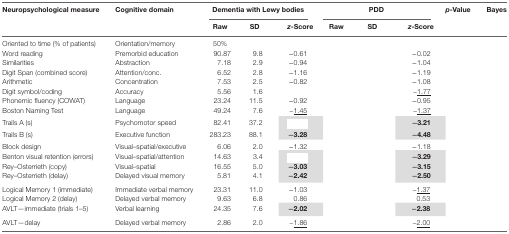
<table><thead><tr><td rowspan="2"><b>Neuropsychological measure</b></td><td rowspan="2"><b>Cognitive domain</b></td><td colspan="3"><b>Dementia with Lewy bodies</b></td><td colspan="3"><b>PDD</b></td><td rowspan="2"><b><i>p</i>-Value</b></td><td rowspan="2"><b>Bayes</b></td></tr><tr><td><b>Raw</b></td><td><b>SD</b></td><td><b><i>z</i>-Score</b></td><td><b>Raw</b></td><td><b>SD</b></td><td><b><i>z</i>-Score</b></td></tr></thead><tbody><tr><td>Oriented to time (% of patients)</td><td>Orientation/memory</td><td>50%</td><td>[EMPTY_CELL]</td><td>[EMPTY_CELL]</td><td>[EMPTY_CELL]</td><td>[EMPTY_CELL]</td><td>[EMPTY_CELL]</td><td>[EMPTY_CELL]</td><td>[EMPTY_CELL]</td></tr><tr><td>Word reading</td><td>Premorbid education</td><td>90.87</td><td>9.8</td><td>−0.61</td><td>[EMPTY_CELL]</td><td>[EMPTY_CELL]</td><td>−0.02</td><td>[EMPTY_CELL]</td><td>[EMPTY_CELL]</td></tr><tr><td>Similarities</td><td>Abstraction</td><td>7.18</td><td>2.9</td><td>−0.94</td><td>[EMPTY_CELL]</td><td>[EMPTY_CELL]</td><td>−1.04</td><td>[EMPTY_CELL]</td><td>[EMPTY_CELL]</td></tr><tr><td>Digit Span (combined score)</td><td>Attention/conc.</td><td>6.52</td><td>2.8</td><td>−1.16</td><td>[EMPTY_CELL]</td><td>[EMPTY_CELL]</td><td>−1.19</td><td>[EMPTY_CELL]</td><td>[EMPTY_CELL]</td></tr><tr><td>Arithmetic</td><td>Concentration</td><td>7.53</td><td>2.5</td><td>−0.82</td><td>[EMPTY_CELL]</td><td>[EMPTY_CELL]</td><td>−1.08</td><td>[EMPTY_CELL]</td><td>[EMPTY_CELL]</td></tr><tr><td>Digit symbol/coding</td><td>Accuracy</td><td>5.56</td><td>1.6</td><td>[EMPTY_CELL]</td><td>[EMPTY_CELL]</td><td>[EMPTY_CELL]</td><td><underline>−1.77</underline></td><td>[EMPTY_CELL]</td><td>[EMPTY_CELL]</td></tr><tr><td>Phonemic fluency (COWAT)</td><td>Language</td><td>23.24</td><td>11.5</td><td>−0.92</td><td>[EMPTY_CELL]</td><td>[EMPTY_CELL]</td><td>−0.95</td><td>[EMPTY_CELL]</td><td>[EMPTY_CELL]</td></tr><tr><td>Boston Naming Test</td><td>Language</td><td>49.24</td><td>7.6</td><td><underline>−1.45</underline></td><td>[EMPTY_CELL]</td><td>[EMPTY_CELL]</td><td><underline>−1.37</underline></td><td>[EMPTY_CELL]</td><td>[EMPTY_CELL]</td></tr><tr><td>Trails A (s)</td><td>Psychomotor speed</td><td>82.41</td><td>37.2</td><td>[EMPTY_CELL]</td><td>[EMPTY_CELL]</td><td>[EMPTY_CELL]</td><td><b>−3.21</b></td><td>[EMPTY_CELL]</td><td>[EMPTY_CELL]</td></tr><tr><td>Trails B (s)</td><td>Executive function</td><td>283.23</td><td>88.1</td><td><b>−3.28</b></td><td>[EMPTY_CELL]</td><td>[EMPTY_CELL]</td><td><b>−4.48</b></td><td>[EMPTY_CELL]</td><td>[EMPTY_CELL]</td></tr><tr><td>Block design</td><td>Visual–spatial/executive</td><td>6.06</td><td>2.0</td><td>−1.32</td><td>[EMPTY_CELL]</td><td>[EMPTY_CELL]</td><td>−1.18</td><td>[EMPTY_CELL]</td><td>[EMPTY_CELL]</td></tr><tr><td>Benton visual retention (errors)</td><td>Visual–spatial/attention</td><td>14.63</td><td>3.4</td><td>[EMPTY_CELL]</td><td>[EMPTY_CELL]</td><td>[EMPTY_CELL]</td><td><b>−3.29</b></td><td>[EMPTY_CELL]</td><td>[EMPTY_CELL]</td></tr><tr><td>Rey–Osterrieth (copy)</td><td>Visual–spatial</td><td>16.55</td><td>5.0</td><td><b>−3.03</b></td><td>[EMPTY_CELL]</td><td>[EMPTY_CELL]</td><td><b>−3.15</b></td><td>[EMPTY_CELL]</td><td>[EMPTY_CELL]</td></tr><tr><td>Rey–Osterrieth (delay)</td><td>Delayed visual memory</td><td>5.81</td><td>4.1</td><td><b>−2.42</b></td><td>[EMPTY_CELL]</td><td>[EMPTY_CELL]</td><td><b>−2.50</b></td><td>[EMPTY_CELL]</td><td>[EMPTY_CELL]</td></tr><tr><td>Logical Memory 1 (immediate)</td><td>Immediate verbal memory</td><td>23.31</td><td>11.0</td><td>−1.03</td><td>[EMPTY_CELL]</td><td>[EMPTY_CELL]</td><td><underline>−1.37</underline></td><td>[EMPTY_CELL]</td><td>[EMPTY_CELL]</td></tr><tr><td>Logical Memory 2 (delay)</td><td>Delayed verbal memory</td><td>9.63</td><td>6.8</td><td>0.86</td><td>[EMPTY_CELL]</td><td>[EMPTY_CELL]</td><td>0.53</td><td>[EMPTY_CELL]</td><td>[EMPTY_CELL]</td></tr><tr><td>AVLT—immediate (trials 1–5)</td><td>Verbal learning</td><td>24.35</td><td>7.6</td><td><b>−2.02</b></td><td>[EMPTY_CELL]</td><td>[EMPTY_CELL]</td><td><b>−2.38</b></td><td>[EMPTY_CELL]</td><td>[EMPTY_CELL]</td></tr><tr><td>AVLT—delay</td><td>Delayed verbal memory</td><td>2.86</td><td>2.0</td><td><underline>−1.86</underline></td><td>[EMPTY_CELL]</td><td>[EMPTY_CELL]</td><td><underline>−2.00</underline></td><td>[EMPTY_CELL]</td><td>[EMPTY_CELL]</td></tr></tbody></table>